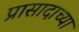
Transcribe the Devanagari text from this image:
प्रासादाच्या